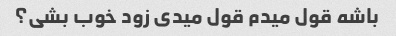
باشه قول میدم قول میدی زود خوب بشی؟